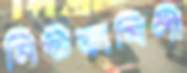
মিষ্টভাষিণী